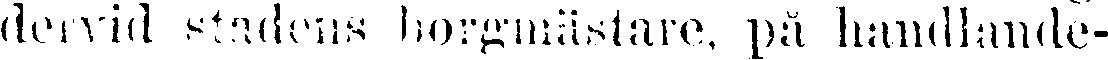
dervid stadens borgmästare, på handlande-